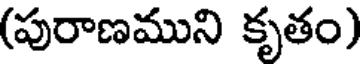
(పురాణముని కృతం)